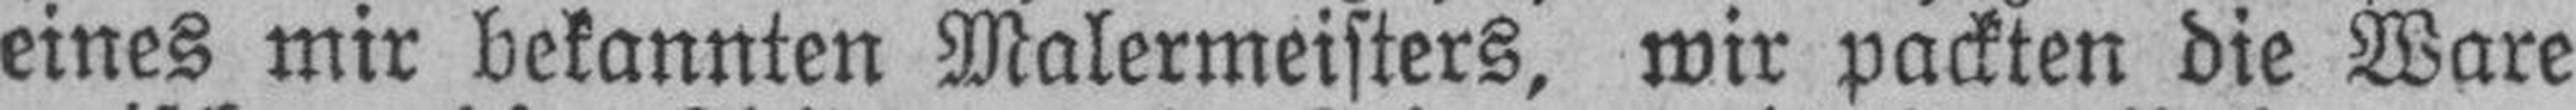
eines mir bekannten Malermeisters, wir packten die Ware